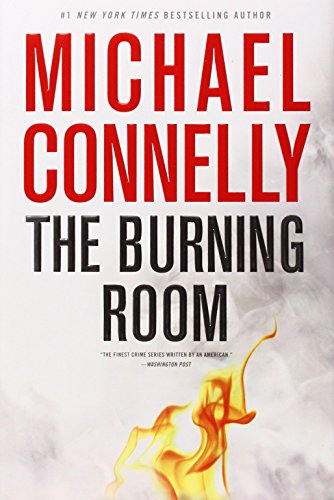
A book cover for The Burning Room (A Harry Bosch Novel); Michael Connelly; Mystery, Thriller & Suspense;